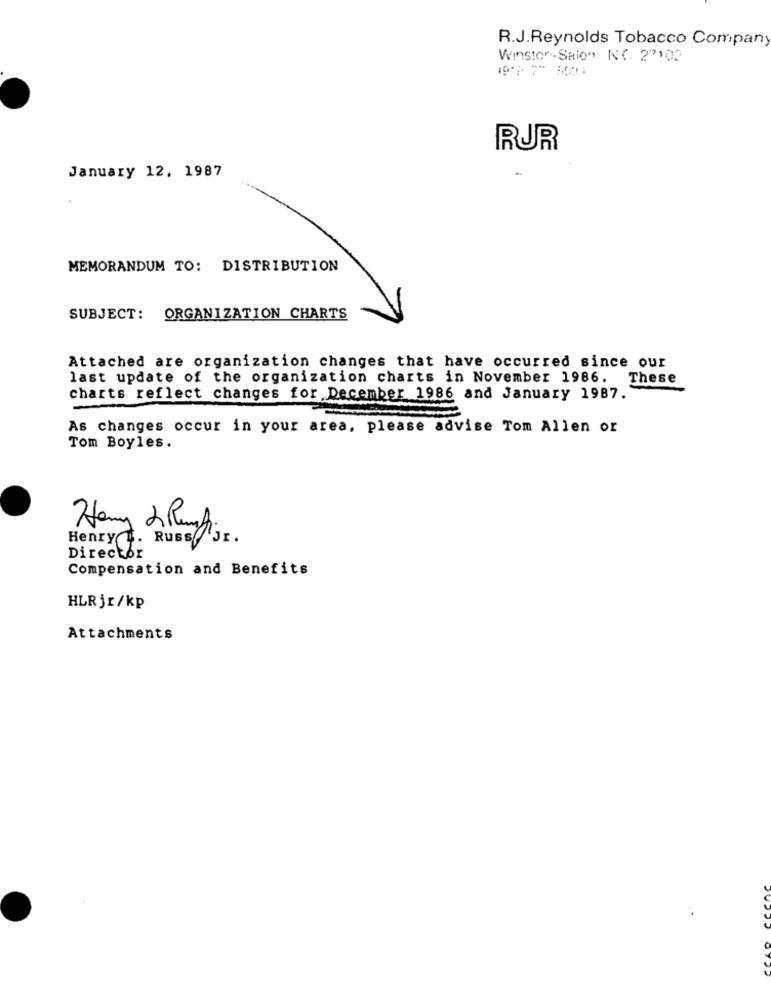
R.J.Reynolds Tobacco Company
Winston -Salon NO. 27103
RUR
January 12, 1987
MEMORANDUM TO: DISTRIBUTION
SUBJECT:
ORGANIZATION CHARTS
Attached are organization changes that have occurred since our
last update of the organization charts in November 1986. These
charts reflect changes for December 1986 and January 1987.
As changes occur in your area, please advise Tom Allen or
Tom Boyles.
Hany 2 Ranghi
-6
Henry B. Russ/ Jr.
Director
Compensation and Benefits
HLRjr/kp
Attachments